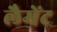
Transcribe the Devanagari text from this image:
लैमेंट